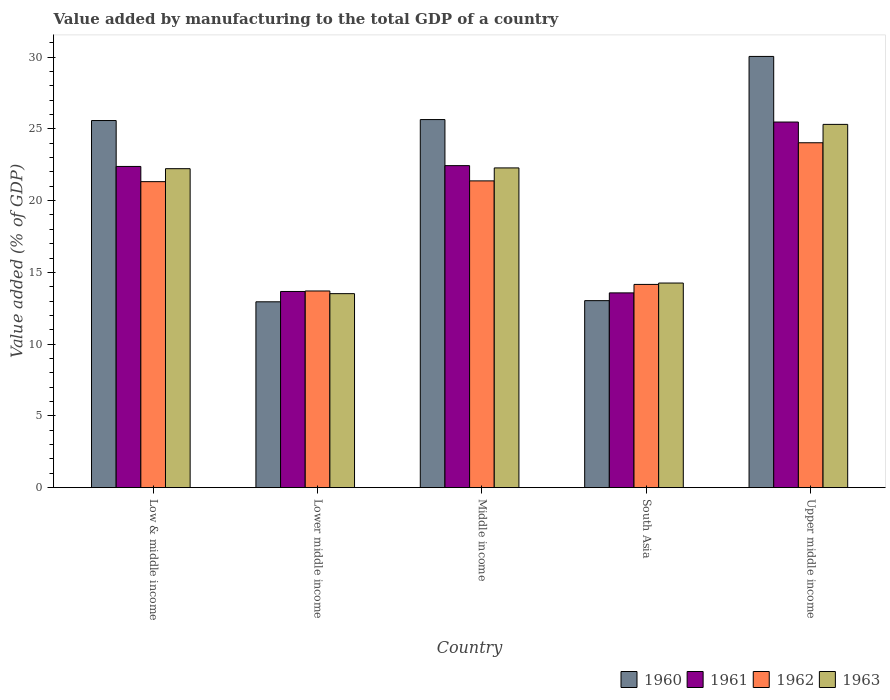
| Country | 1960 | 1961 | 1962 | 1963 |
 | --- | --- | --- | --- | --- |
 | Low & middle income | 25.6 | 22.4 | 21.3 | 22.2 |
 | Lower middle income | 12.9 | 13.7 | 13.7 | 13.5 |
 | Middle income | 25.6 | 22.4 | 21.4 | 22.3 |
 | South Asia | 13 | 13.6 | 14.2 | 14.3 |
 | Upper middle income | 30 | 25.5 | 24 | 25.3 |